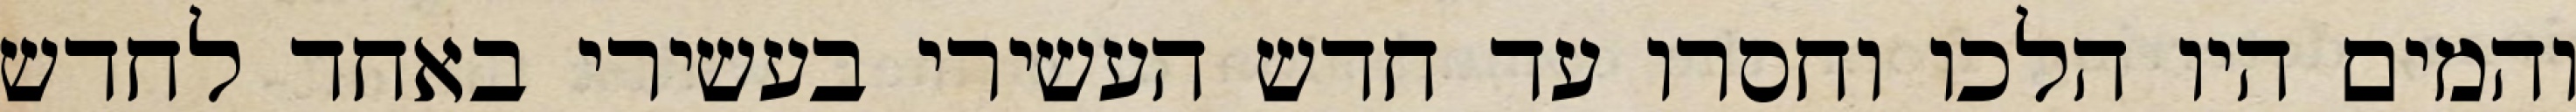
והמים היו הלכו וחסרו עד חדש העשירי בעשירי באחד לחדש